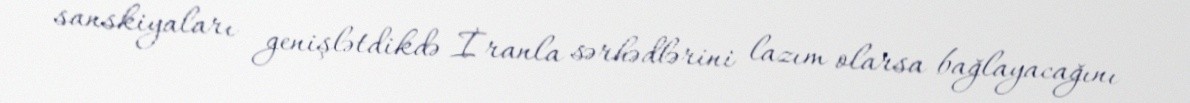
sanskiyaları genişlətdikdə İranla sərhədlərini lazım olarsa bağlayacağını